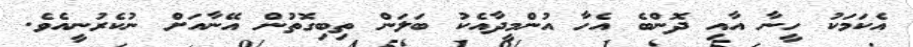
އެކަމަކު ހީނާ އާއި ދޮންބެ އެހާ އުންމީދާއެކު ބަލަން ތިބިގޮތުން އޭނާއަށް ނުކެރުނީއެވެ.